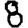
Digit: 8